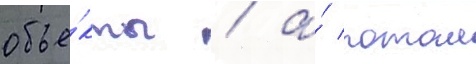
объе́кты / а́ потом